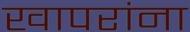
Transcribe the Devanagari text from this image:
खापरांना